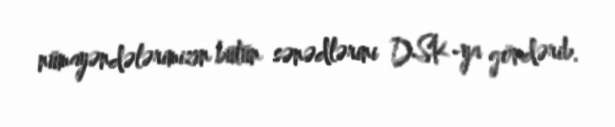
nümayəndələrimizin bütün sənədlərini DSK-ya göndərib.